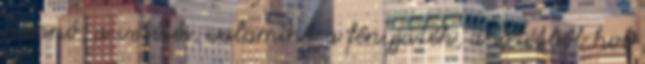
pannó, a vetítés, valamint a fényjáték, a sötétből hol